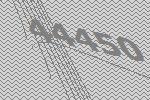
44450